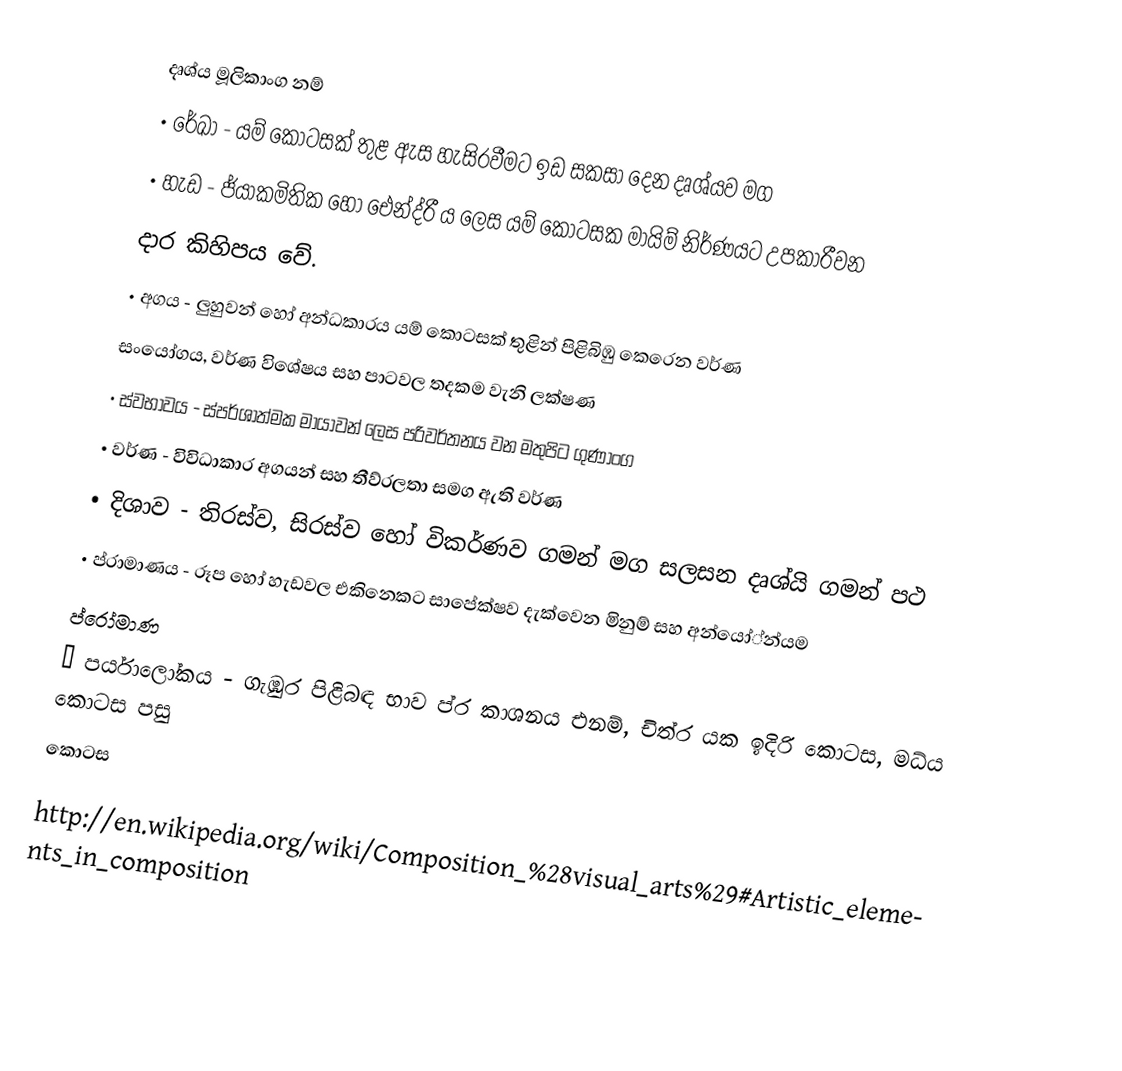
දෘශ්ය  මූලිකාංග නම්
•	රේඛා		- යම් කොටසක් තුළ ඇස හැසිරවීමට ඉඩ සකසා දෙන දෘශ්යව මග
•	හැඩ		- ජ්යාකමිතික හෝ ඓන්ද්රී ය ලෙස යම් කොටසක මායිම් නිර්ණයට උපකාරීවන
   දාර කිහිපය වේ.
•	අගය		- ලුහුවන් හෝ අන්ධකාරය යම් කොටසක් තුළින් පිළිබිඹු කෙරෙන වර්ණ
   සංයෝගය, වර්ණ විශේෂය සහ පාටවල තදකම වැනි ලක්ෂණ
•	ස්වභාවය	- ස්පර්ශාත්මක මායාවන් ලෙස පරිවර්තනය වන මතුපිට ගුණාංග
•	වර්ණ		- විවිධාකාර අගයන් සහ තීව්රලතා සමග ඇති වර්ණ
•	දිශාව		- තිරස්ව, සිරස්ව හෝ විකර්ණව ගමන් මග සලසන දෘශ්යි ගමන් පථ
•	ප්රාමාණය		- රූප හෝ හැඩවල එකිනෙකට සාපේක්ෂව දැක්වෙන මිනුම් සහ අන්යෝ්න්යම
  ප්රෝමාණ
•	පර්යාලෝකය	- ගැඹුර පිළිබඳ භාව ප්ර කාශනය එනම්, චිත්ර යක ඉදිරි කොටස, මධ්ය  කොටස පසු
                                   කොටස

http://en.wikipedia.org/wiki/Composition_%28visual_arts%29#Artistic_elements_in_composition